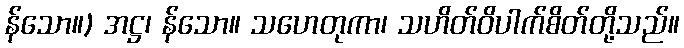
န်သော။) အဋ္ဌ၊ န်သော။ သဟေတုကာ၊ သဟိတ်ဝိပါက်စိတ်တို့သည်။